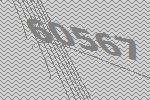
60567